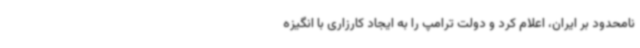
نامحدود بر ایران، اعلام کرد و دولت ترامپ را به ایجاد کارزاری با انگیزه